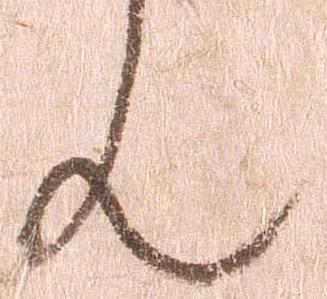
ん